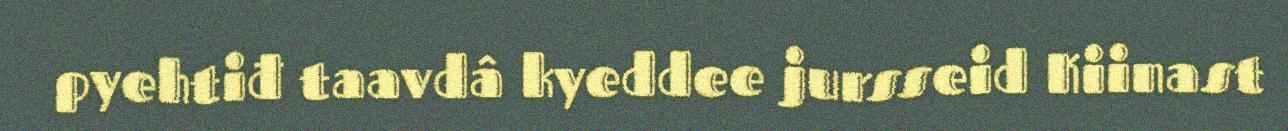
pyehtiđ taavdâ kyeddee jursseid Kiinast